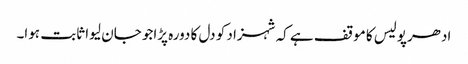
ادھرپولیس کا موقف ہے کہ شہزاد کو دل کا دورہ پڑاجو جان لیوا ثابت ہوا۔